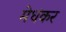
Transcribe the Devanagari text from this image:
मेधंकर